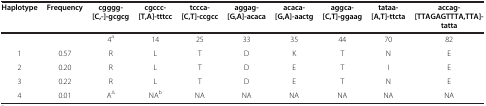
| Haplotype | Frequency | cgggg-[C,-]-gcgcg | cgccc-[T,A]-tttcc | tccca-[C,T]-ccgcc | aggag-[G,A]-acaca | acaca-[G,A]-aactg | aggca-[C,T]-ggaag | tataa-[A,T]-ttcta | accag-[TTAGAGTTTA,TTA]-tatta |
 | --- | --- | --- | --- | --- | --- | --- | --- | --- | --- |
 |  |  | 4a | 14 | 25 | 33 | 35 | 44 | 70 | 82 |
 | 1 | 0.57 | R | L | T | D | K | T | N | E |
 | 2 | 0.20 | R | L | T | D | E | T | I | E |
 | 3 | 0.22 | R | L | T | D | E | T | N | E |
 | 4 | 0.01 | A∆ | NAb | NA | NA | NA | NA | NA | NA |